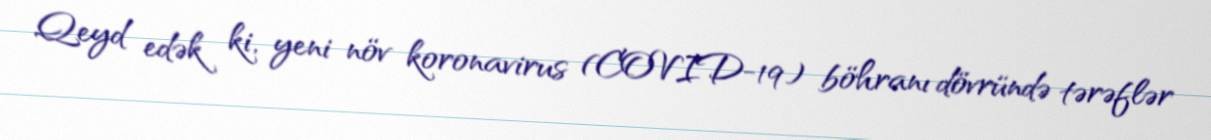
Qeyd edək ki, yeni növ koronavirus (COVID-19) böhranı dövründə tərəflər